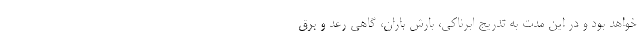
خواهد بود و در این مدت به تدریج ابرناکی، بارش باران، گاهی رعد و برق